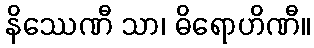
နိဿေဏီ သာ၊ ဓိရောဟိဏီ။